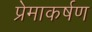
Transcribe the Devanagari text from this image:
प्रेमाकर्षण